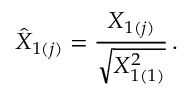
\hat { X } _ { 1 ( j ) } = \displaystyle { \frac { X _ { 1 ( j ) } } { \sqrt { X _ { 1 ( 1 ) } ^ { 2 } } } } \, .